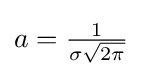
{\textstyle a={\tfrac {1}{\sigma {\sqrt {2\pi }}}}}